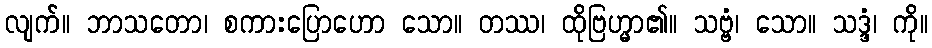
လျက်။ ဘာသတော၊ စကားပြောဟော သော။ တဿ၊ ထိုဗြဟ္မာ၏။ သဗ္ဗံ၊ သော။ သဒ္ဒံ၊ ကို။